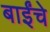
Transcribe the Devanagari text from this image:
बाईंचे